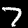
Digit: 7